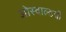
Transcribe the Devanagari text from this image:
ओस्वाल्डची